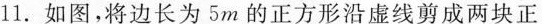
11.如图，将边长为5m的正方形沿虚线剪成两块正